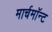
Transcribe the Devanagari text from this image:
मार्चमाॅन्ट